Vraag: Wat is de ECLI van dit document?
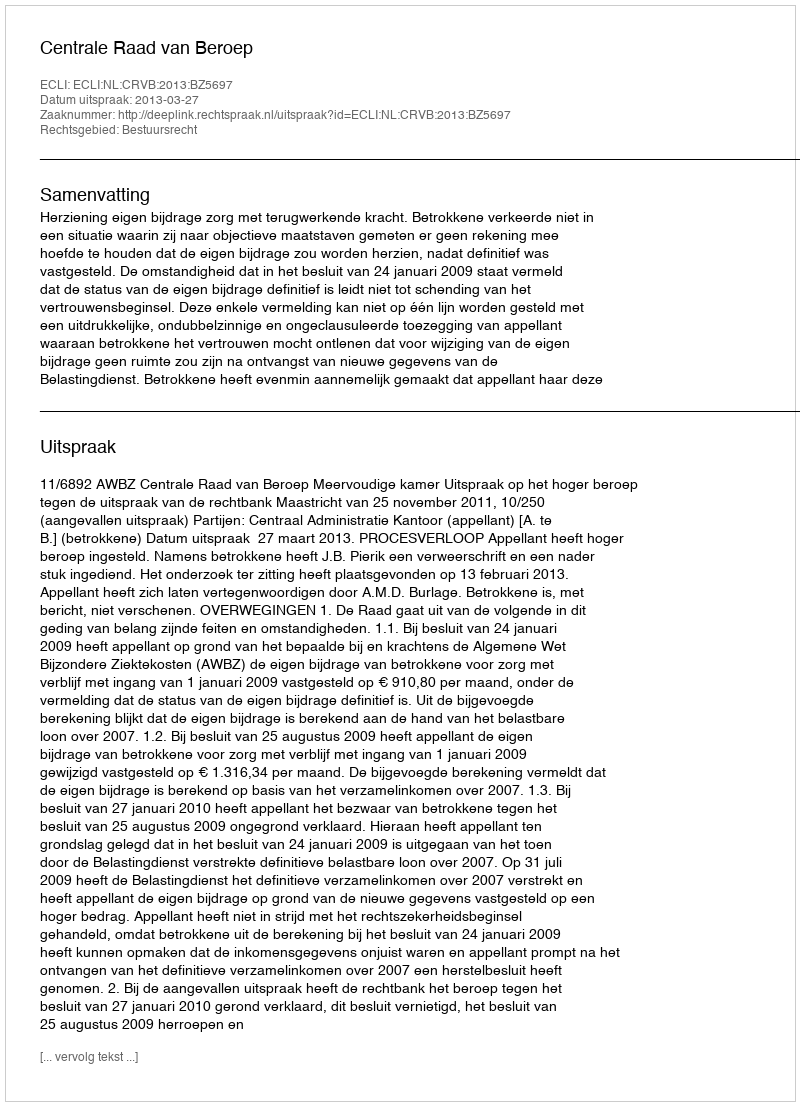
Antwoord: ECLI:NL:CRVB:2013:BZ5697